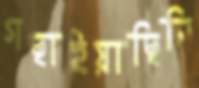
গছাইয়াছিলি